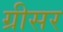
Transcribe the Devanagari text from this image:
ग्रीसर